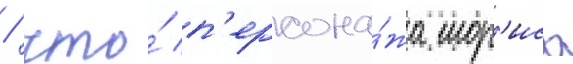
/ что́ п'ерсона́жа мор'иса